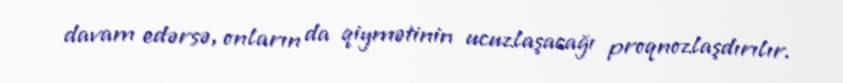
davam edərsə, onların da qiymətinin ucuzlaşacağı proqnozlaşdırılır.